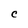
Character: C